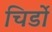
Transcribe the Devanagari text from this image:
चिर्डो